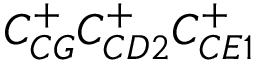
C _ { C G } ^ { + } C _ { C D 2 } ^ { + } C _ { C E 1 } ^ { + }